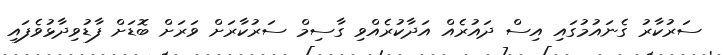
ސަރުކާރު ގެނައުމުގައި އިސް ދައުރެއް އަދާކުރެއްވި ގާސިމް ސަރުކާރަށް ވަރަށް ބޮޑަށް ފާޑުވިދާޅުވެފައި